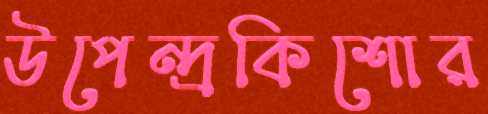
উপেন্দ্রকিশোর